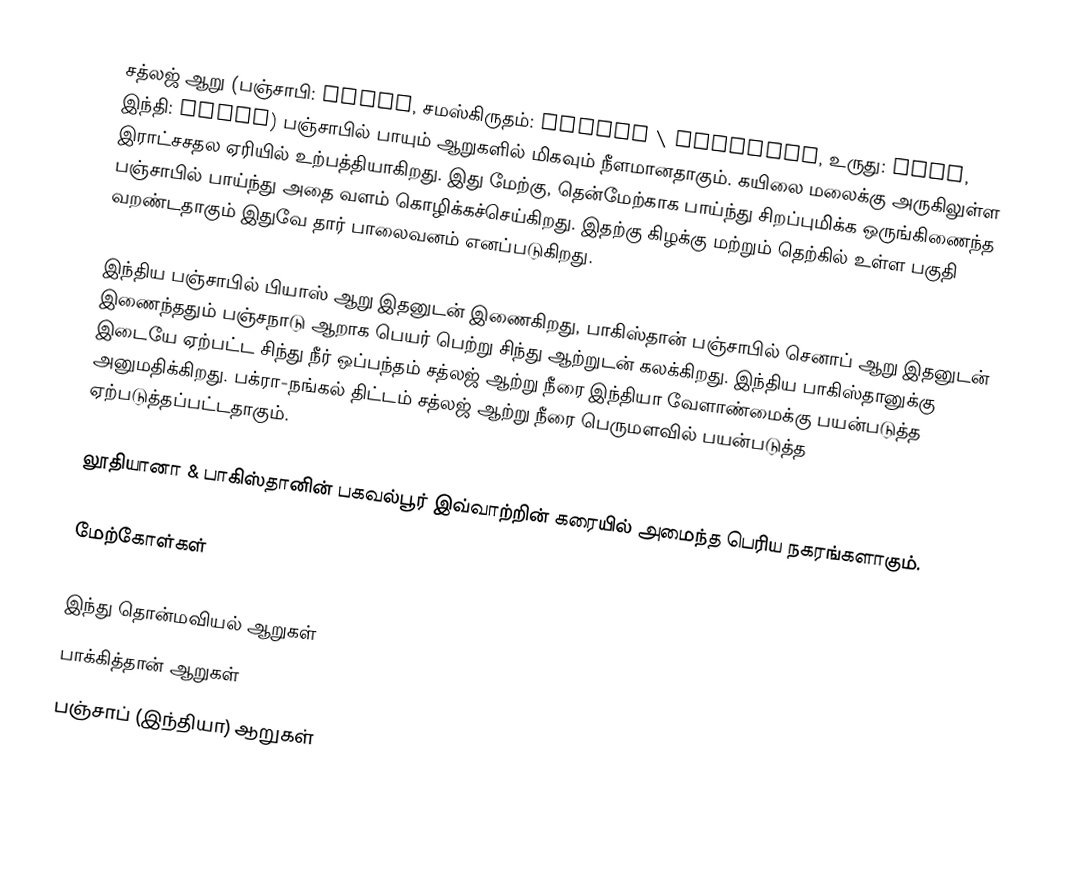
சத்லஜ் ஆறு (பஞ்சாபி: ਸਤਲੁਜ, சமஸ்கிருதம்: शतद्रु \ सुतुद्री, உருது: ستلج, இந்தி: सतलुज) பஞ்சாபில் பாயும் ஆறுகளில் மிகவும் நீளமானதாகும். கயிலை மலைக்கு அருகிலுள்ள இராட்சசதல ஏரியில் உற்பத்தியாகிறது. இது மேற்கு, தென்மேற்காக பாய்ந்து சிறப்புமிக்க ஒருங்கிணைந்த பஞ்சாபில் பாய்ந்து அதை வளம் கொழிக்கச்செய்கிறது. இதற்கு கிழக்கு மற்றும் தெற்கில் உள்ள பகுதி வறண்டதாகும் இதுவே தார் பாலைவனம் எனப்படுகிறது.

இந்திய பஞ்சாபில் பியாஸ் ஆறு இதனுடன் இணைகிறது, பாகிஸ்தான் பஞ்சாபில் செனாப் ஆறு இதனுடன் இணைந்ததும் பஞ்சநாடு ஆறாக பெயர் பெற்று சிந்து ஆற்றுடன் கலக்கிறது. இந்திய பாகிஸ்தானுக்கு இடையே ஏற்பட்ட சிந்து நீர் ஒப்பந்தம் சத்லஜ் ஆற்று நீரை இந்தியா வேளாண்மைக்கு பயன்படுத்த அனுமதிக்கிறது. பக்ரா-நங்கல் திட்டம் சத்லஜ் ஆற்று நீரை பெருமளவில் பயன்படுத்த ஏற்படுத்தப்பட்டதாகும்.

லூதியானா & பாகிஸ்தானின் பகவல்பூர் இவ்வாற்றின் கரையில் அமைந்த பெரிய நகரங்களாகும்.

மேற்கோள்கள்

இந்து தொன்மவியல் ஆறுகள்
பாக்கித்தான் ஆறுகள்
பஞ்சாப் (இந்தியா) ஆறுகள்